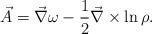
LaTeX: \begin{align*}\vec{A} = \vec{\nabla} \omega - {1 \over 2} \vec{\nabla} \times \ln \rho .\end{align*}